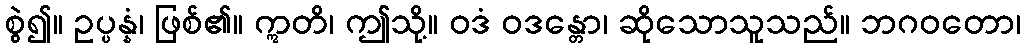
စွဲ၍။ ဥပ္ပန္နံ၊ ဖြစ်၏။ ဣတိ၊ ဤသို့။ ဝဒံ ဝဒန္တော၊ ဆိုသောသူသည်။ ဘဂဝတော၊